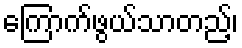
ကြောက်ဖွယ်သာတည့်၊